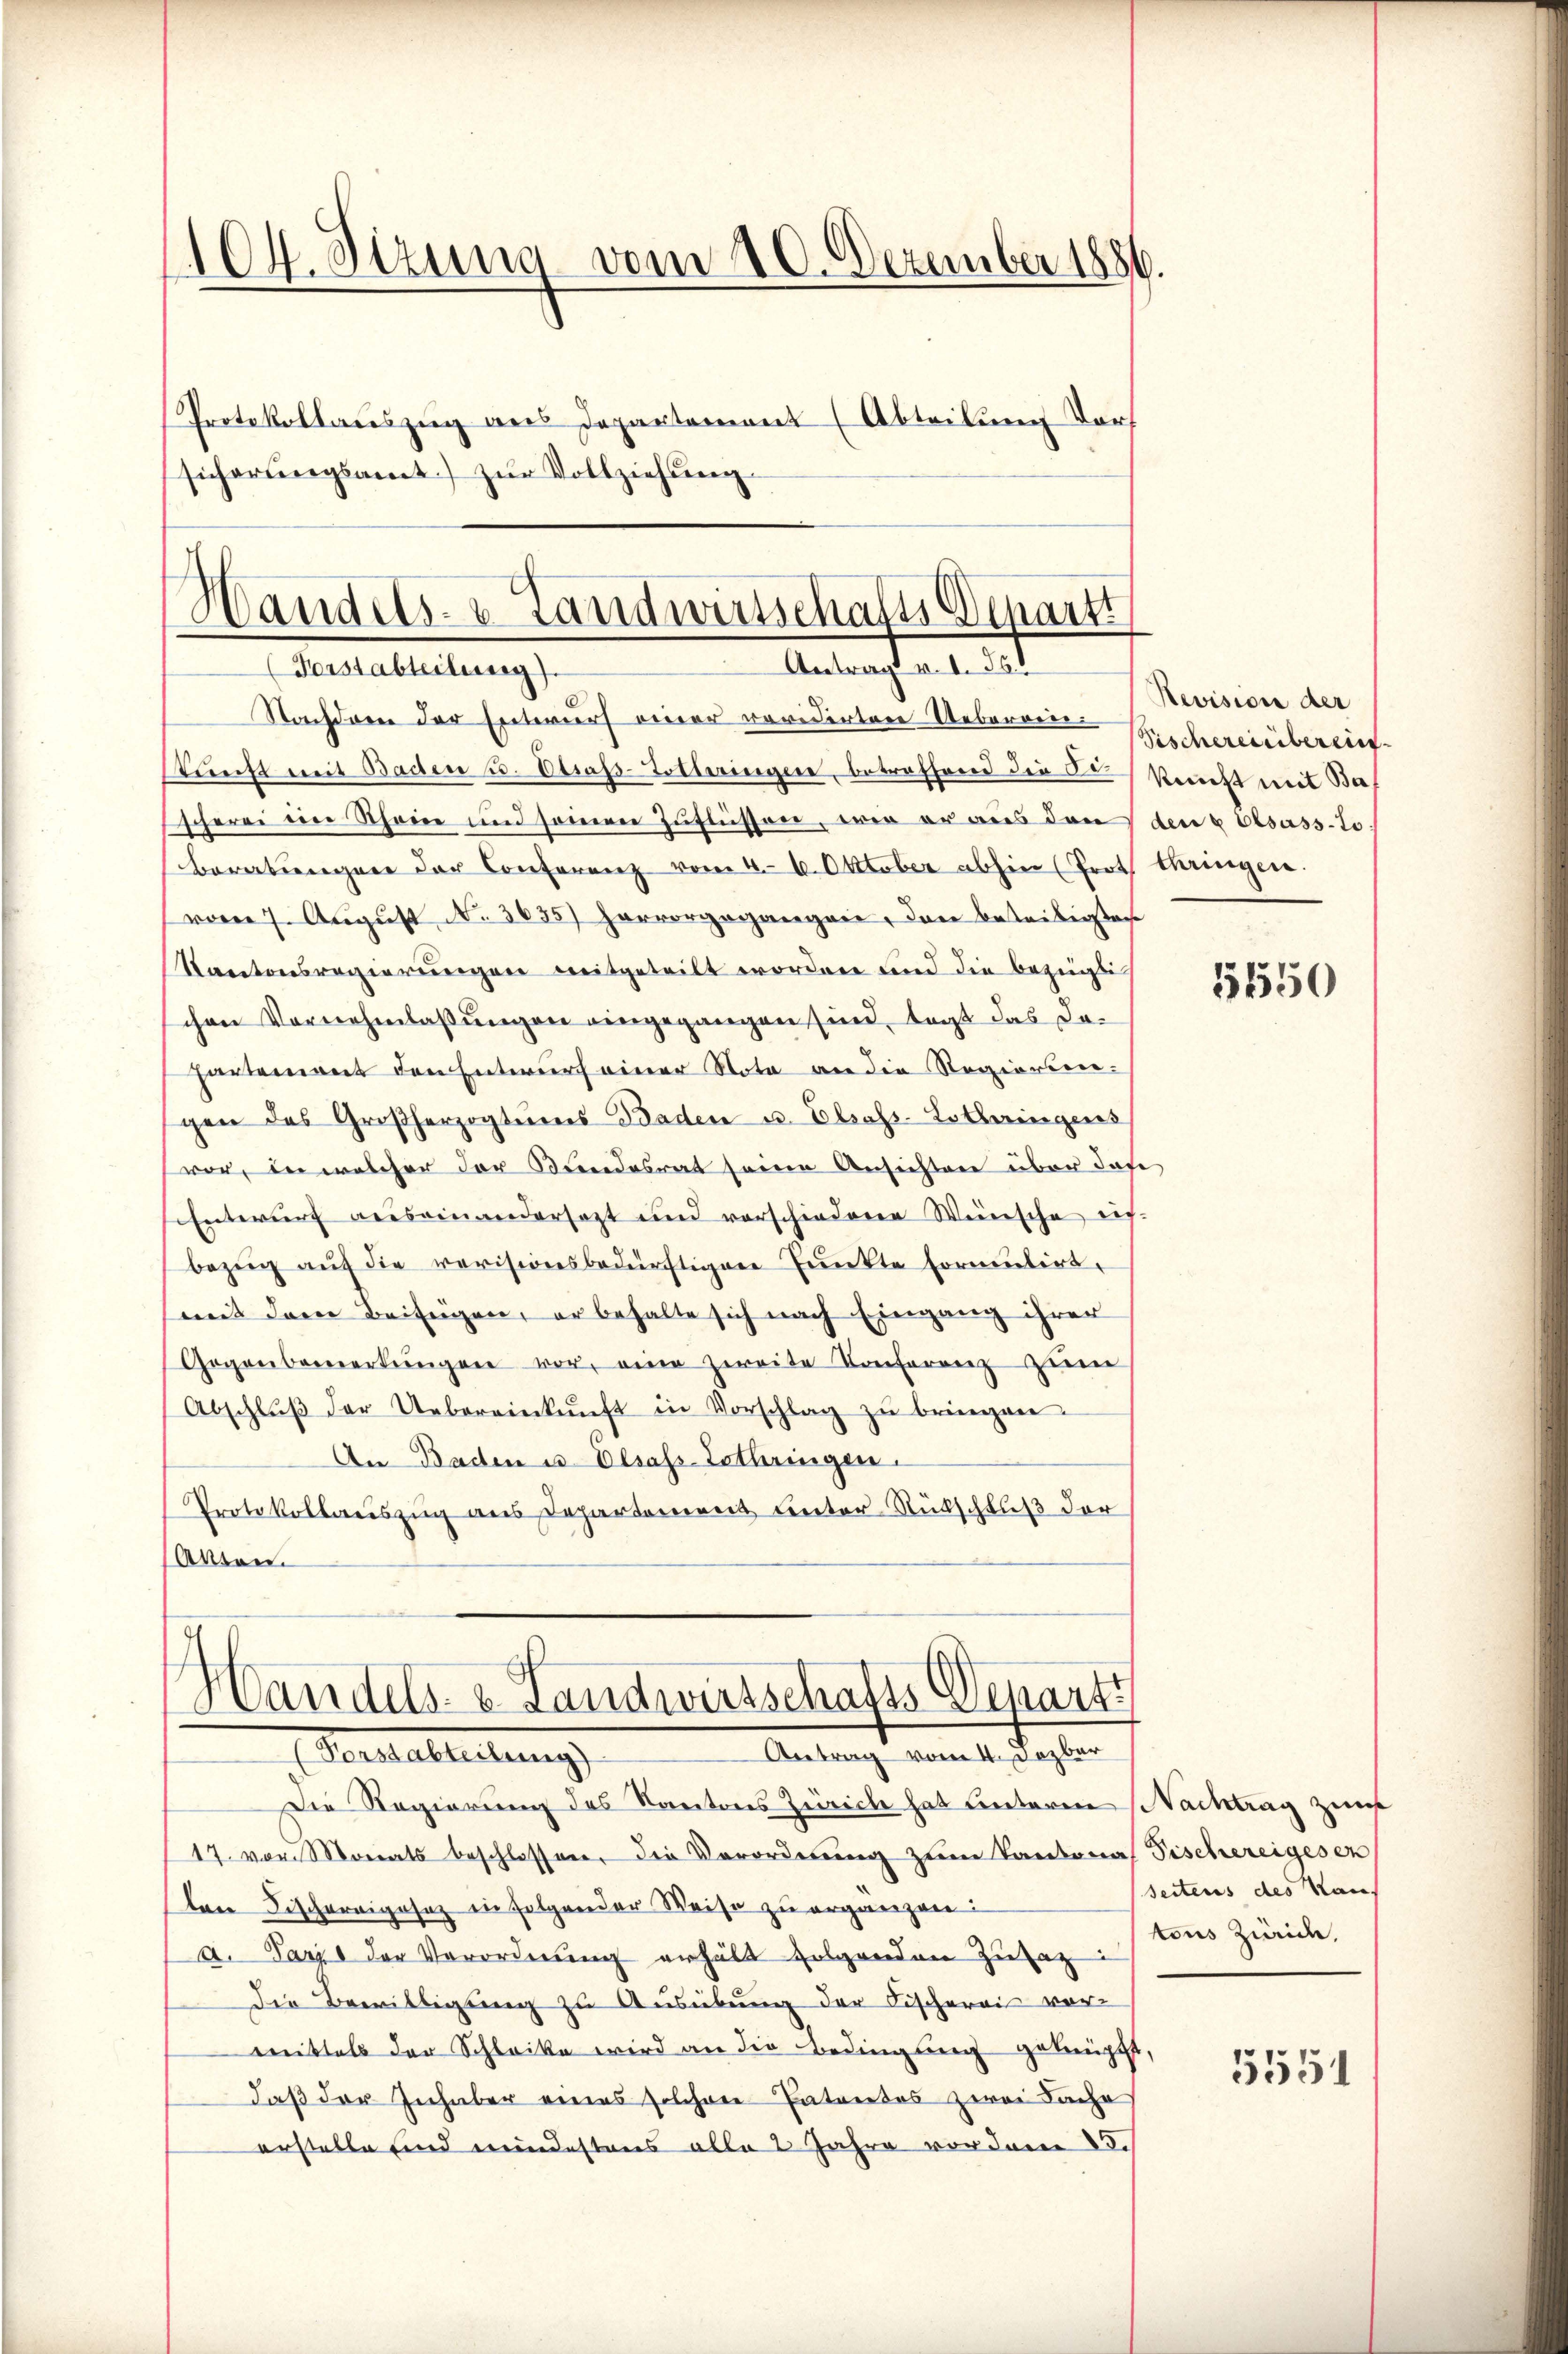
104. Sizung vom 20. Dezember 1886.
Protokollauszug aus Departement (Abteilung Vorf
sicherŭngsamt zŭr Vollziehung

Nachdem der Entwurf einer revidirten Ueberein-Barschereinberend
kŭnft mit Baden u. Elsass-Lotteringen, betreffend die Cukunft mit Ba
scherei im Rheine und seinen Zŭflüssen, wie er aus den den 6 besass-To
Beratungen der Conferenz vom 4. 6. Oktober abhin (Proth Chringen.
vom 7. August No 3655) hervorgegangere, das beteiligten
Kartonsregierungen mitgeteilt worden und die bezügli
chen Vornehmlassungen eingegangen sind, tagt das dahartement den Entwurf einer Nota an die Regierten-
gen des Großherzogtums Baden u. Elsass-Lothringens
vor, in welcher der Bundesrat seine Ansichten über dase
Entwurf auseinandersezt und verschiedene Wünsche eis-
bezug auf die revisionsbedürftigen Punkte Formulirt,
(mit dem Beifügen, er behalte sich nach Eingang ihrer
Gegenbemerkŭngen vor, eine zweite Konferenz zŭm
Abschlŭβ der Uebereinkŭnft in Vorschlag zŭ bringen.
An Baden u. Elsass-Lothringen.
Protokollauszug aus Departement unter Rückschluß der
Akten.

Handes. v. Landwirtschafts Departi
Antragt v. 1. 551
Forstabteilung).

Handels- u. Landwirtschafts-Depart
Antrag vom 4. Dezbar
Seestelleitung

Revision der

Die Regierung des Kantores Zürich hat hinteren Nachtrag zur
17. von Monats beschlossen, die Verordnung zum Kantonas Fischereiges en
ten Fischerigesez in folgender Weise zu ergänzen:
a. Paris der Vorordnung erhält folgenden Zusag
Die Bewilligung zu Ausübung der Fischerei vor
mittels der Schlacke wird an die Bedingung geknüpft,
daß der Inhaber eines solchere Patentes zwei Sache
erstelle und meindestens alle 2 Jahre vor dem 25.

5550

seitens des Raus
tons Zweide,

5551